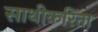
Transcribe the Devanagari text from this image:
साथीकरिता